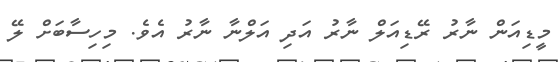
މީޑިއަން ނާރު ރޭޑިއަލް ނާރު އަދި އަލްނާ ނާރު އެވެ. މިހިސާބަށް ލޭ